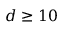
d \ge 1 0